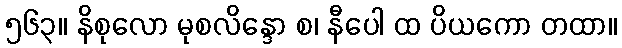
၅၆၃။ နိစုလော မုစလိန္ဒော စ၊ နီပေါ ထ ပိယကော တထာ။